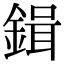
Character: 鍓